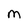
Character: M